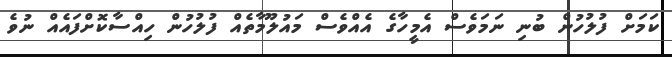
ކަމަށް ފުލުހުން ބުނި ނަމަވެސް އެމީހާގެ އެއްވެސް މައުލޫމާތެއް ފުލުހުން ހިއްސާކޮށްފައެއް ނުވެ